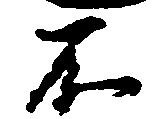
不